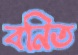
বনিত